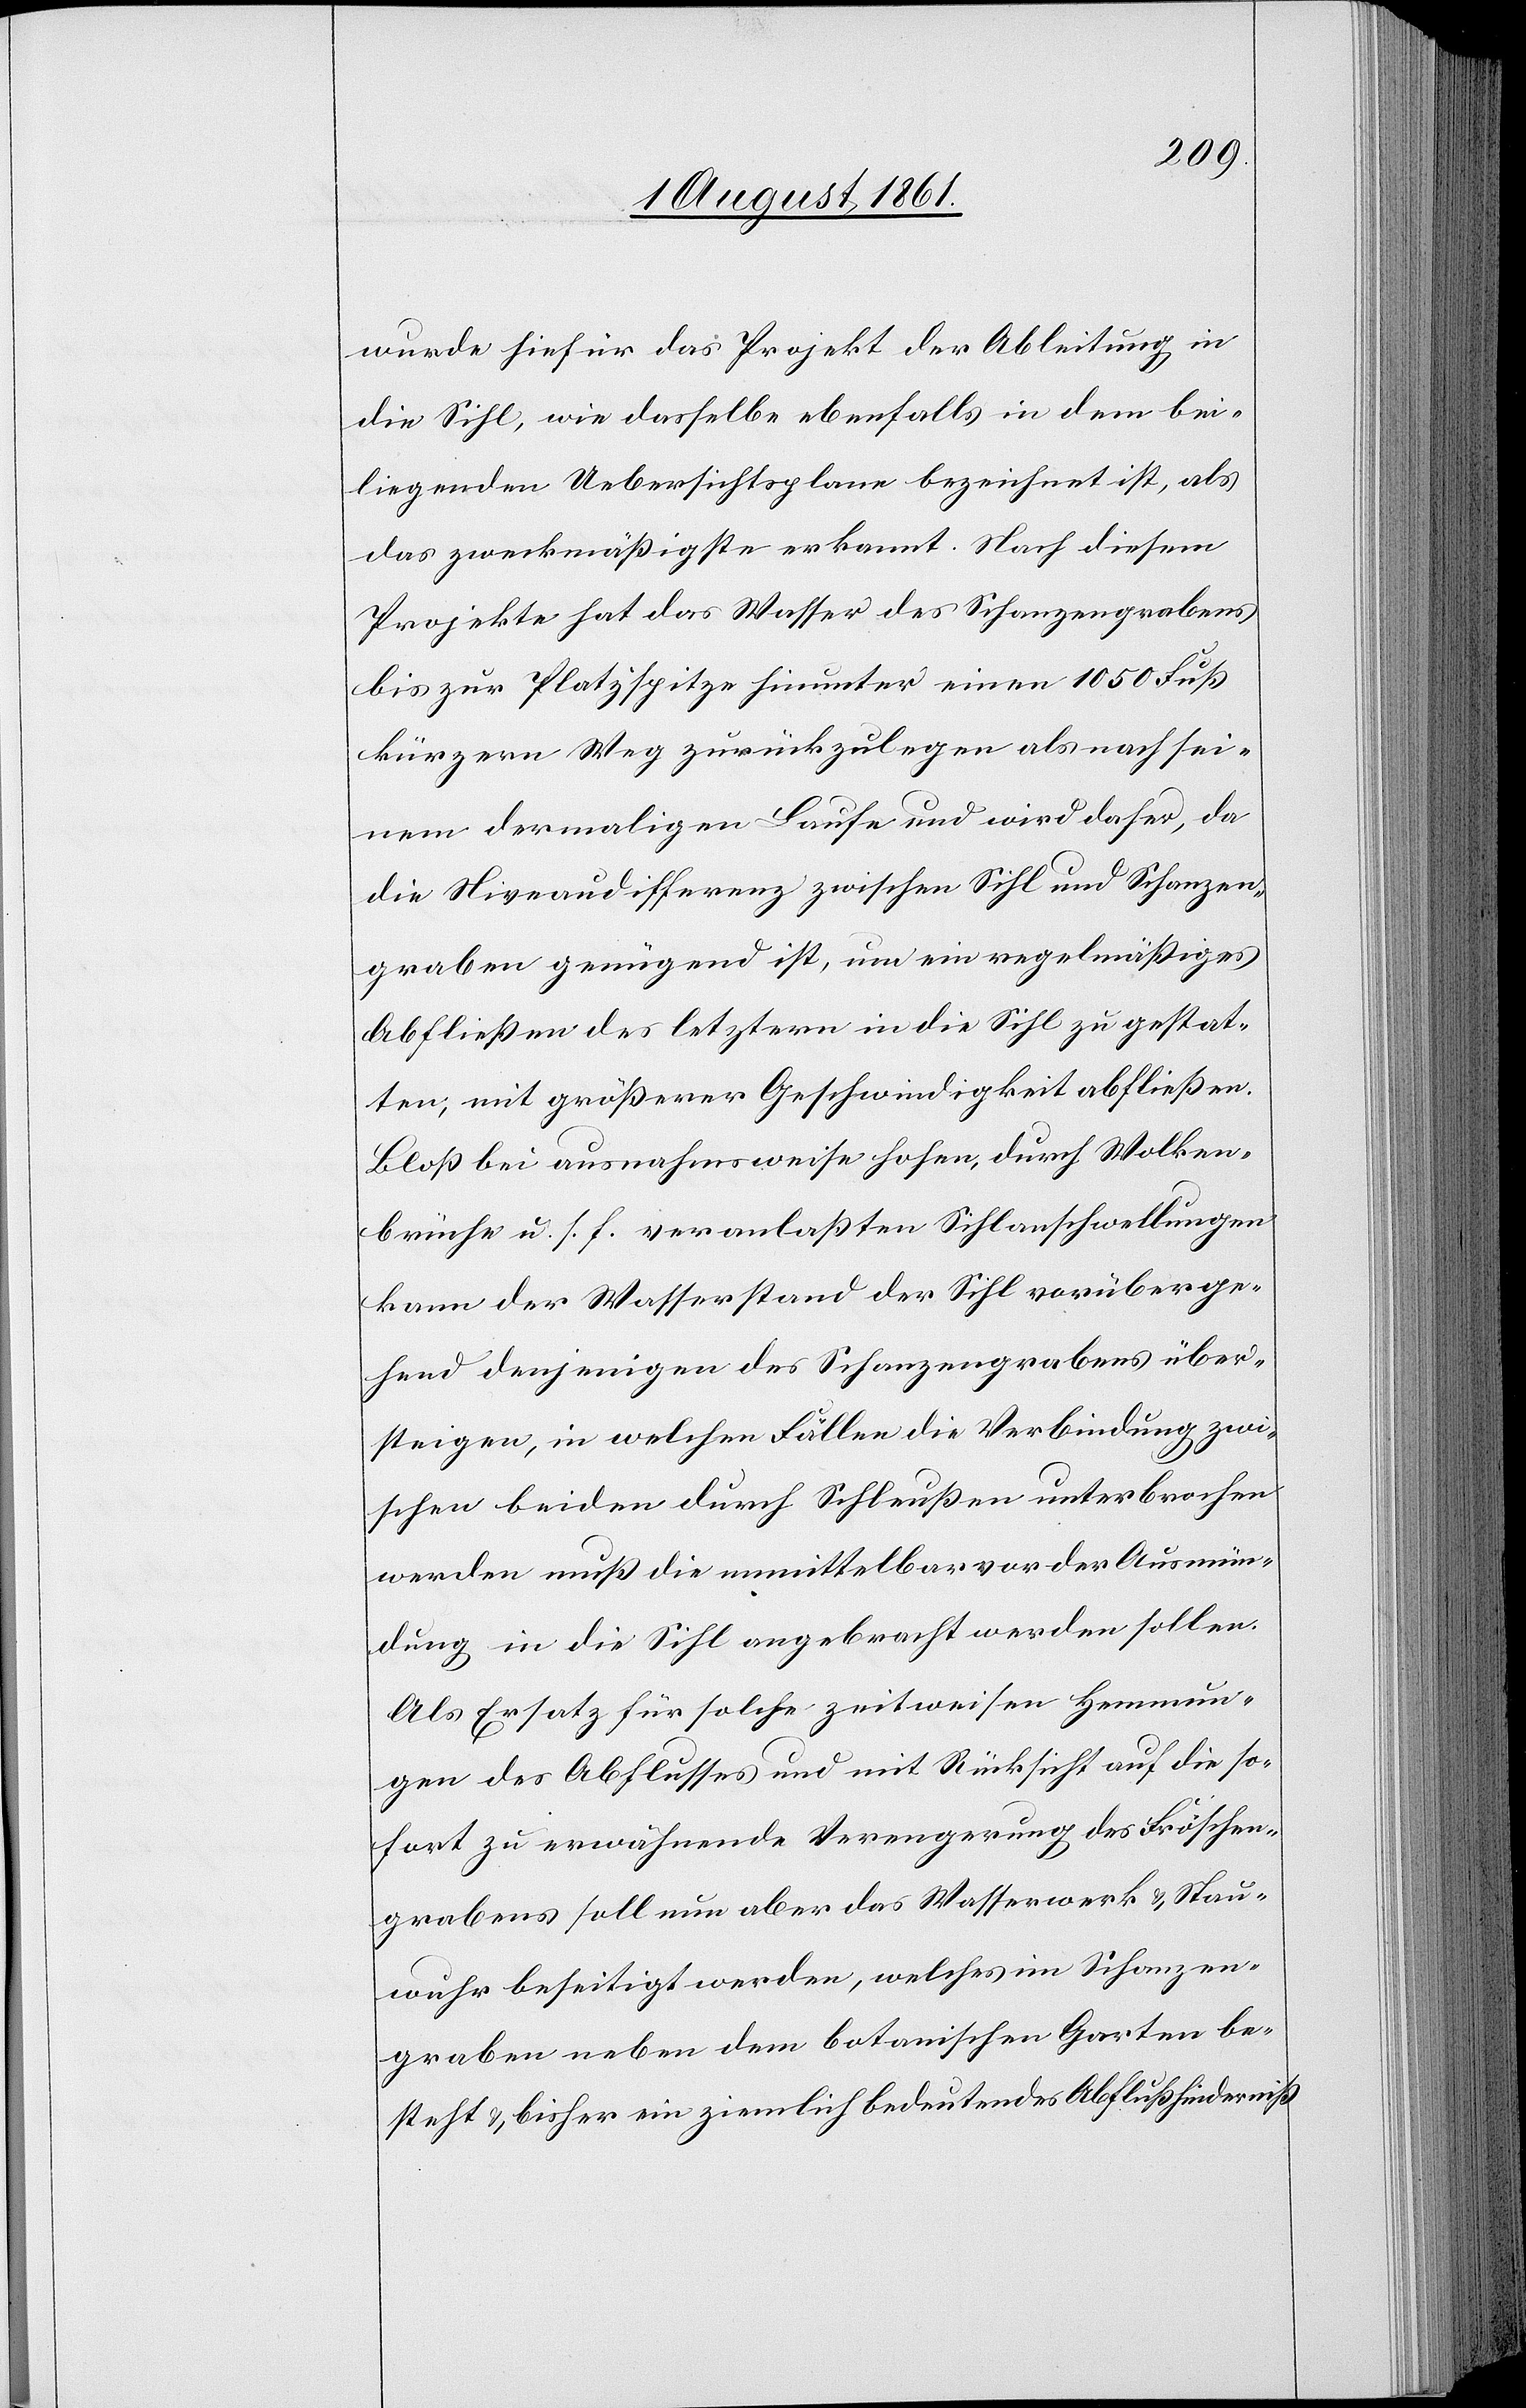
wurde hiefür das Projekt der Ableitung in
die Sihl, wie dasselbe ebenfalls in dem bei¬
liegenden Uebersichtsplane bezeichnet ist, als
das zweckmäßigste erkannt. Nach diesem
Projekte hat das Wasser des Schanzengrabens
bis zur Platzspitze hinunter einen 1050 Fuß
kürzeren Weg zurückzulegen als nach sei¬
nem dermaligen Laufe und wird daher, da
die Niveaudifferenz zwischen Sihl und Schanzen¬
graben genügend ist, um ein regelmäßiges
Abfließen des letztern in die Sihl zu gestat¬
ten, mit größerer Geschwindigkeit abfließen.
Bloß bei ausnahmsweise hohen, durch Wolken¬
brüche u. s. f. veranlaßten Sihlanschwellungen
kann der Wasserstand der Sihl vorüberge¬
hend denjenigen des Schanzengrabens über¬
steigen, in welchen Fällen die Verbindung zwi¬
schen beiden durch Schleußen unterbrochen
werden muß die unmittelbar vor der Ausmün¬
dung in die Sihl angebracht werden sollen.
Als Ersatz für solche zeitweisen Hemmun¬
gen des Abflusses und mit Rücksicht auf die so¬
fort zu erwähnende Verengerung des Fröschen¬
grabens soll nun aber das Wasserwerk u. Stau¬
wuhr beseitigt werden, welches im Schanzen¬
graben neben dem botanischen Garten be¬
steht u. bisher ein ziemlich bedeutendes Abflußhinderniß